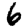
Digit: 6